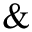
\&